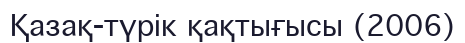
Қазақ-түрік қақтығысы (2006)